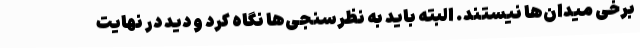
برخی میدان‌ها نیستند. البته باید به نظرسنجی‌ها نگاه کرد و دید در نهایت